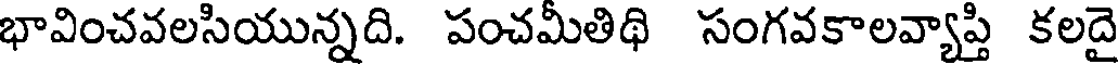
భావించవలసియున్నది. పంచమీతిథి సంగవకాలవ్యాప్తి కలదై